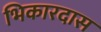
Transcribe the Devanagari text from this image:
भिकारदास